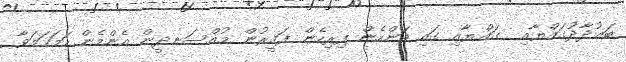
ބަޣުދާދުގައްޔާއި  ގައްޔާއި ގައި އަންހެން ފިރިހެން ފަޤީރުން މުއްސަނދީން އެންމެން ހަމަހަމަވާ